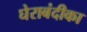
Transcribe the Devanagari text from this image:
घेराबंदीका